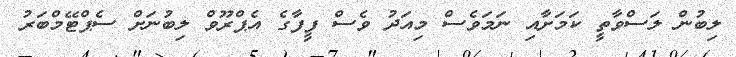
ލިބުން ލަސްވާތީ ކަމަށާއި ނަމަވެސް މިއަދު ވެސް ފީފާގެ އެޕްރޫވް ލިބުނަށް ސެޕްޓޭމްބަރު